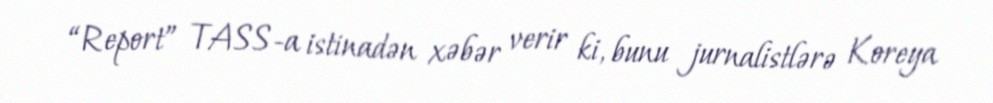
“Report” TASS-a istinadən xəbər verir ki, bunu jurnalistlərə Koreya